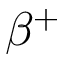
\beta ^ { + }